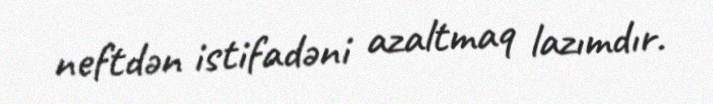
neftdən istifadəni azaltmaq lazımdır.